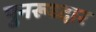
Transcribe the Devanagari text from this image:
पुनरूध्दार